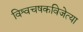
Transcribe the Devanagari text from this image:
विश्वचषकविजेत्या